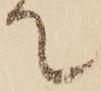
て